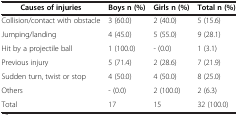
| Causes of injuries | Boys n (%) | Girls n (%) | Total n (%) |
 | --- | --- | --- | --- |
 | Collision/contact with obstacle | 3 (60.0) | 2 (40.0) | 5 (15.6) |
 | Jumping/landing | 4 (45.0) | 5 (55.0) | 9 (28.1) |
 | Hit by a projectile ball | 1 (100.0) | - (0.0) | 1 (3.1) |
 | Previous injury | 5 (71.4) | 2 (28.6) | 7 (21.9) |
 | Sudden turn, twist or stop | 4 (50.0) | 4 (50.0) | 8 (25.0) |
 | Others | - (0.0) | 2 (100.0) | 2 (6.3) |
 | Total | 17 | 15 | 32 (100.0) |